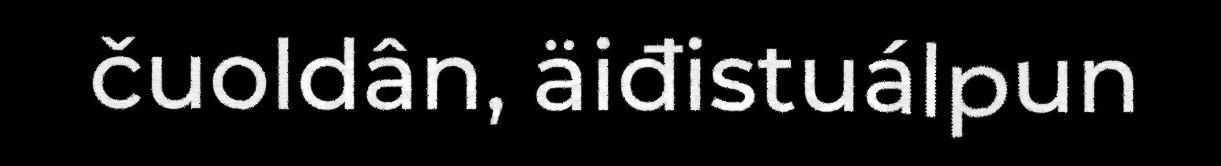
čuoldân, äiđistuálpun